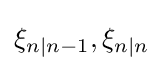
\xi _{n|n-1},\xi _{n|n}